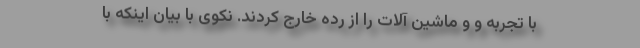
با تجربه و و ماشین آلات را از رده خارج کردند. نکوی با بیان اینکه با